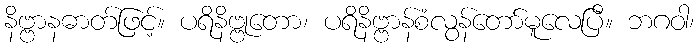
နိဗ္ဗာနဓာတ်ဖြင့်။ ပရိနိဗ္ဗုတော၊ ပရိနိဗ္ဗာန်စံလွန်တော်မူလေပြီ။ ဘဂဝါ၊